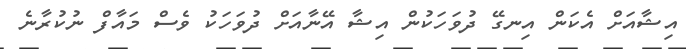
އިޝާއަށް އެކަން އިނގޭ ދުވަހަކުން އިޝާ އޭނާއަށް ދުވަހަކު ވެސް މައާފް ނުކުރާނެ